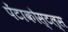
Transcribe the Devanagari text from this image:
पेंटाकोस्टल्स